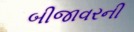
બીજાવરની